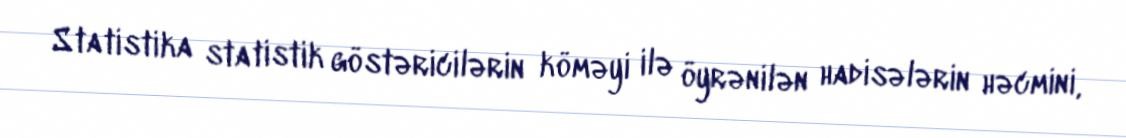
Statistika statistik göstəricilərin köməyi ilə öyrənilən hadisələrin həcmini,